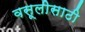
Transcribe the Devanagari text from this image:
वसूलीसाठी